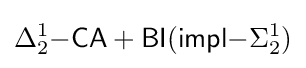
\Delta _{2}^{1}{\mathsf {-CA+BI(impl-}}\Sigma _{2}^{1})